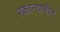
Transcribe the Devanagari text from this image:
रकान्यातील